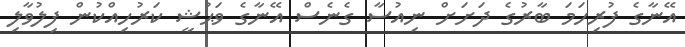
އޭނާގެ ފުރިހަމަ ބާރުގެ ދަށަށް ނިއުސާ ގެނެސް އޭނާގެ ވަޙުޝީ ކަރުހިއްކުން ފިލުވާލި